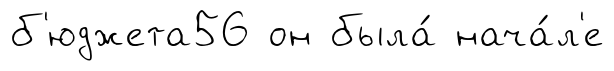
б'юджета56 он была́ нача́л'е